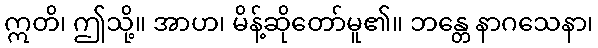
ဣတိ၊ ဤသို့။ အာဟ၊ မိန့်ဆိုတော်မူ၏။ ဘန္တေ နာဂသေနာ၊